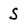
Character: S